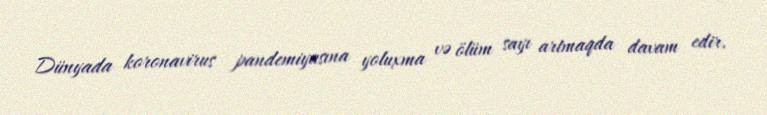
Dünyada koronavirus pandemiyasına yoluxma və ölüm sayı artmaqda davam edir.